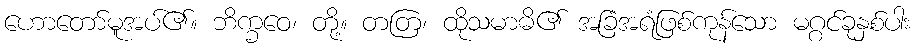
ဟောတော်မူအပ်၏။ ဘိက္ခဝေ၊ တို့။ တတြ၊ ထိုသမာဓိ၏ အခြံအရံဖြစ်ကုန်သော မဂ္ဂင်ခုနှစ်ပါး